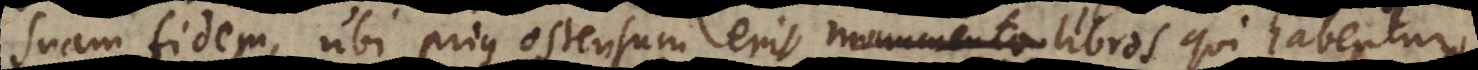
suam fidem, ubi prius ostensum erit monumenta libros qui habentur